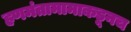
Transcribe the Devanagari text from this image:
हणमंतामामाकडूनच